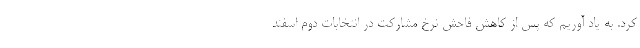
کرد. به یاد آوریم که پس از کاهش فاحش نرخ مشارکت در انتخابات دوم اسفند